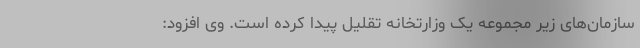
سازمان‌های زیر مجموعه یک وزارتخانه تقلیل پیدا کرده است. وی افزود: